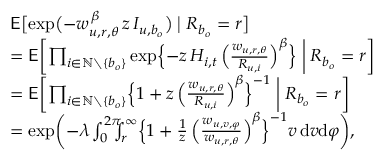
\begin{array} { r l } & { \mathsf { E } \bigl [ \exp \bigl ( - w _ { u , r , \theta } ^ { \, \beta } \, z \, I _ { u , b _ { o } } \bigr ) \bigm | R _ { b _ { o } } = r \bigr ] } \\ & { = \mathsf { E } \biggl [ \prod _ { i \in \mathbb { N } \setminus \{ b _ { o } \} } \exp \Bigl \{ - z \, H _ { i , t } \, \Bigl ( \frac { w _ { u , r , \theta } } { R _ { u , i } } \Bigr ) ^ { \beta } \Bigr \} \biggm | R _ { b _ { o } } = r \biggr ] } \\ & { = \mathsf { E } \biggl [ \prod _ { i \in \mathbb { N } \setminus \{ b _ { o } \} } \Bigl \{ 1 + z \, \Bigl ( \frac { w _ { u , r , \theta } } { R _ { u , i } } \Bigr ) ^ { \beta } \Bigr \} ^ { - 1 } \biggm | R _ { b _ { o } } = r \biggr ] } \\ & { = \exp \biggl ( - \lambda \int _ { 0 } ^ { 2 \pi } \! \! \! \! \int _ { r } ^ { \infty } \Bigl \{ 1 + \frac { 1 } { z } \, \Bigl ( \frac { w _ { u , v , \varphi } } { w _ { u , r , \theta } } \Bigr ) ^ { \beta } \Bigr \} ^ { - 1 } v \, \mathrm { d } v \mathrm { d } \varphi \biggr ) , } \end{array}